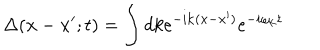
\Delta ( { \bf x } - { \bf x } ^ { \prime } ; t ) = \int d k e ^ { - i { \bf k } ( { \bf x } - { \bf x } ^ { \prime } ) } e ^ { - i \omega _ { \bf k } t }